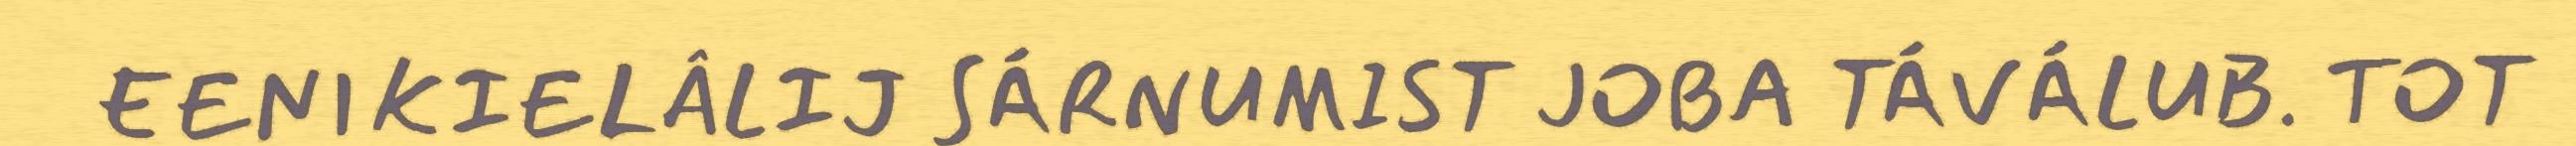
EENIKIELÂLIJ SÁRNUMIST JOBA TÁVÁLUB. TOT